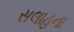
સલાહના